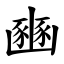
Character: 豳